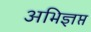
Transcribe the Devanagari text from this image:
अभिज्ञप्त